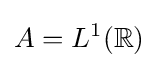
A=L^{1}(\mathbb {R} )